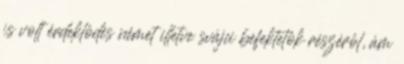
is volt érdeklôdés német illetve svájci befektetôk részérôl, ám